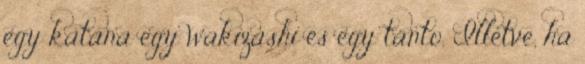
egy katana egy wakizashi és egy tanto. Illetve, ha